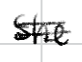
Text: She
Cross-out: double-line
Writing tool: digital_black